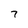
Character: 7